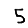
Digit: 5